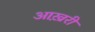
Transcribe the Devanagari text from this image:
आख़्ररी